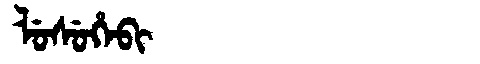
Manchu: ᠯᡠᠰᡠᡥᡝᠪᡳ
Romanization: LUSUHEBI